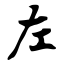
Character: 左